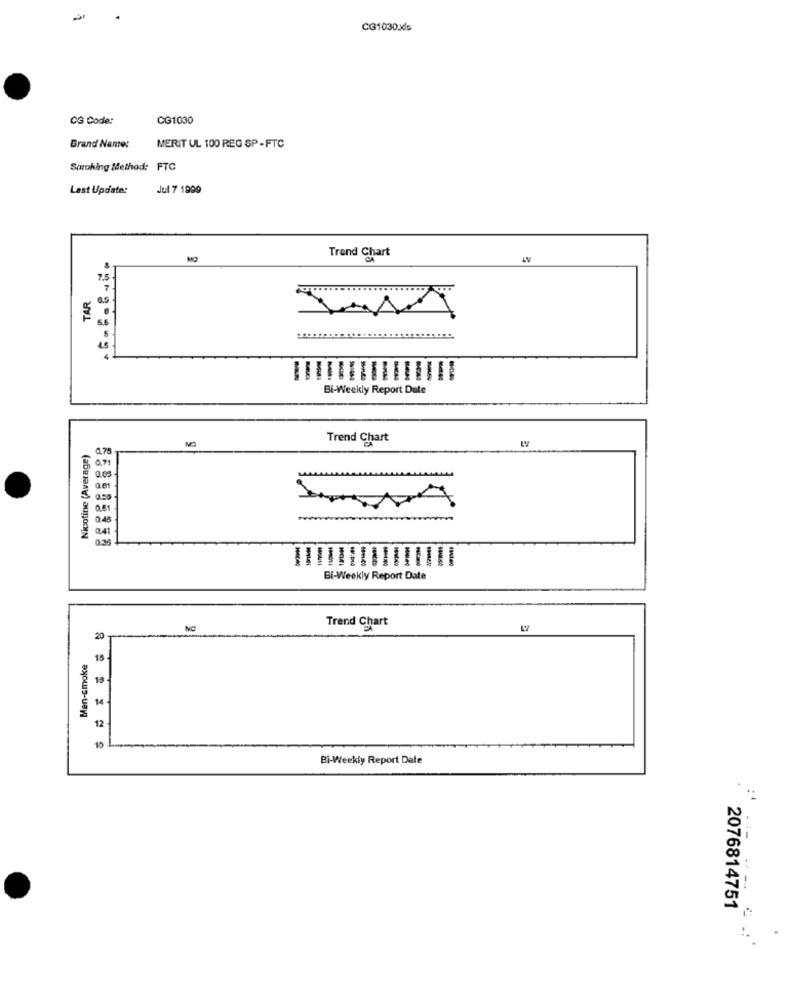
CG1030xls
CG Code:
CG1030
Brand Name:
MERIT UL 100 REG SP - FTC
Smoking Method: FTC
Last Update:
Jul 7 1999
Trend Chart
7.5
TAR
7
6.5
5.6
5
4
Bi-Weekly Report Date
Trend Chart
Nicotine (Average)
0.50
981
241
0.38
Bi-Weekly Report Date
Trend Chart
Men-smoke
15
19.
14
12
10
Bi-Weekly Report Date
1-
2076814751
:-